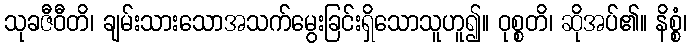
သုခဇီဝီတိ၊ ချမ်းသားသောအသက်မွေးခြင်းရှိသောသူဟူ၍။ ဝုစ္စတိ၊ ဆိုအပ်၏။ နိစ္စံ၊